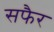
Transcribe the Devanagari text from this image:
सफैर